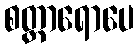
စတ္တာရောပေ